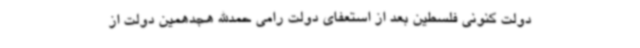
دولت کنونی فلسطین بعد از استعفای دولت رامی حمدالله هجدهمین دولت از